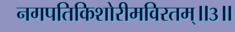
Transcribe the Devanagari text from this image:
नगपतिकिशोरीमविरतम्॥३॥